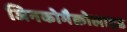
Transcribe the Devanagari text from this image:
जिनकोमैक्रोलाइड